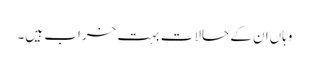
وہاں‌ان کے حالات بہت خراب ہیں۔